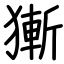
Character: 獑